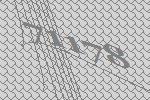
71178